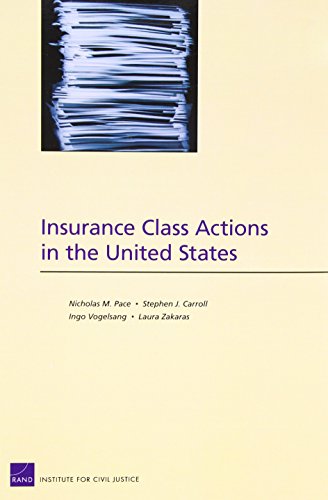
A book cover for Insurance Class Actions in the United States; Nicholas M. Pace; Business & Money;